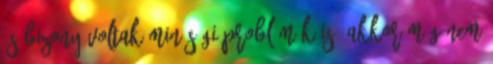
és bizony voltak minőségi problémák is. Akkor még nem